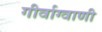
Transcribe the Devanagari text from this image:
गीर्वाग्वाणी